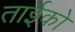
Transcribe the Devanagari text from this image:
ताईको